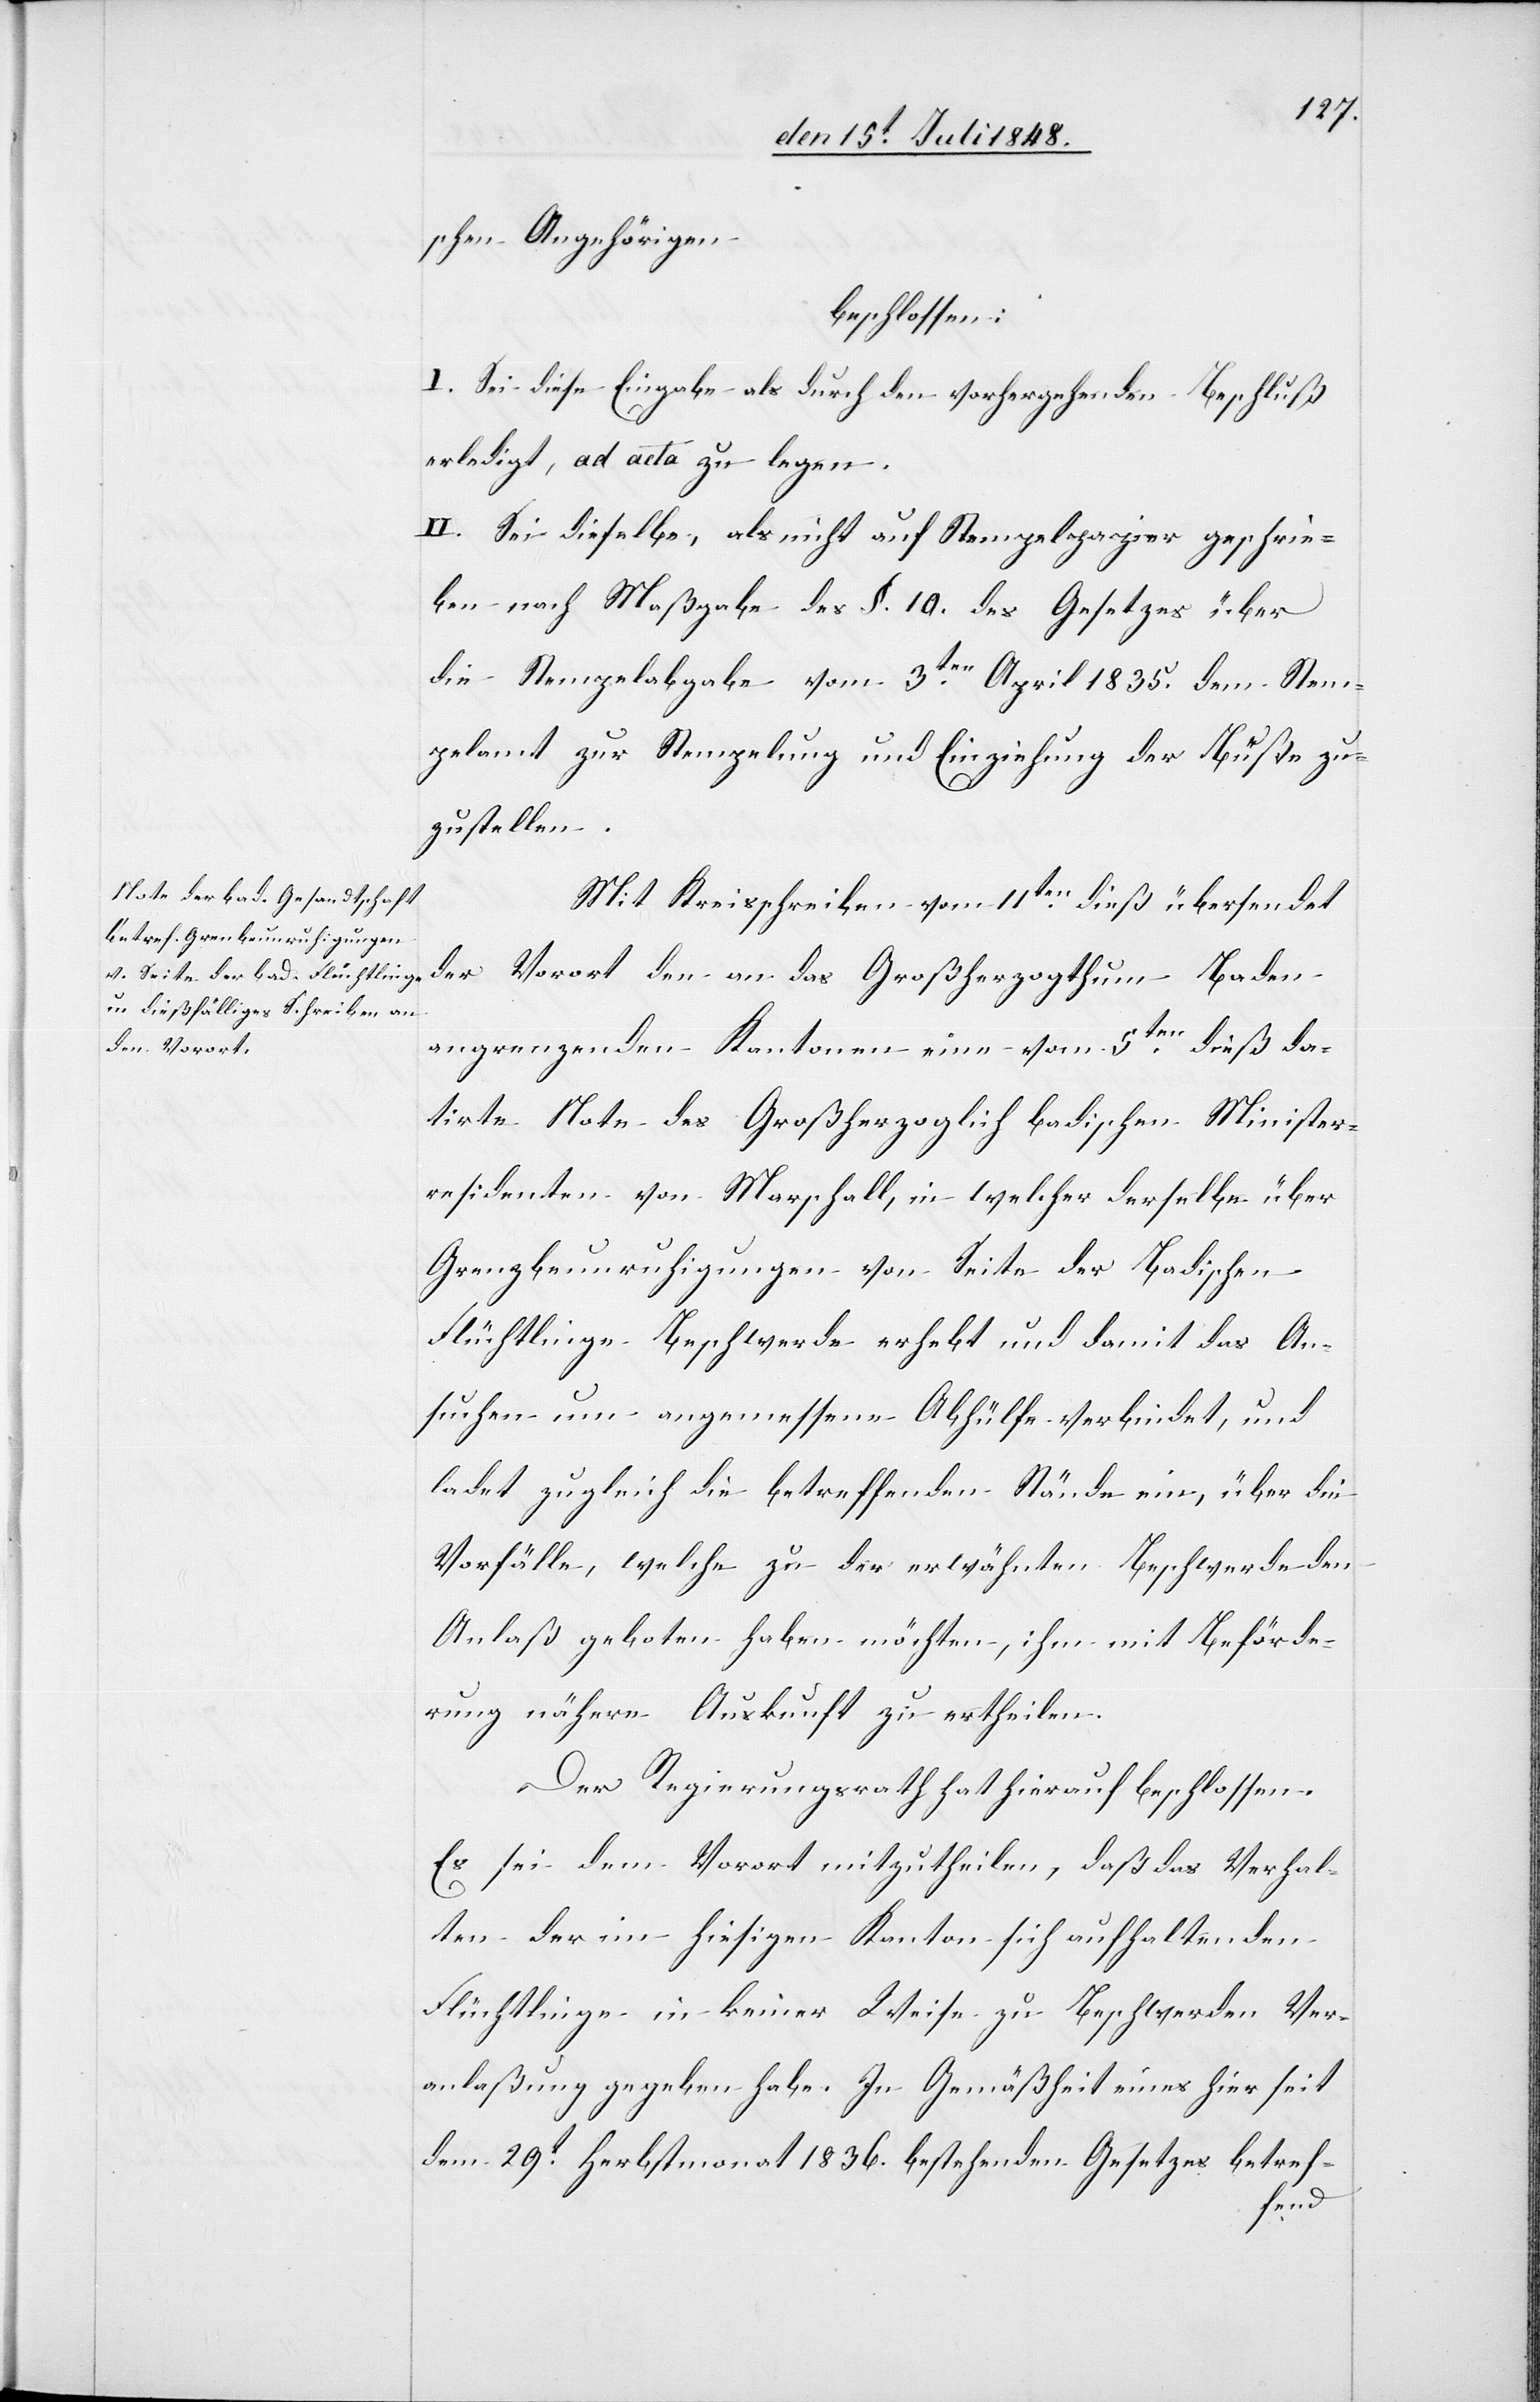
schen Angehörigen
beschlossen:
I. Sei diese Eingabe als durch den vorhergehenden Beschluß
erledigt, ad acta zu legen.
II. Sei dieselbe, als nicht auf Stempelpapier geschrie¬
ben nach Maßgabe des §. 10. des Gesetzes über
die Stempelabgabe vom 3ten April 1835. dem Stem¬
pelamt zur Stempelung und Einziehung der Buße zu¬
zustellen.
Mit Kreisschreiben vom 11ten dieß übersendet
der Vorort
angrenzenden Kantonen eine vom 5ten dieß da¬
tirte Note des Großherzoglich badischen Minister¬
residenten von Marschall, in welcher derselbe über
Grenzbeunruhigungen von Seite der Badischen
Flüchtlinge Beschwerde erhebt und damit das An¬
suchen um angemessene Abhülfe verbindet, und
ladet zugleich die betreffenden Stände ein, über die
Vorfälle, welche zu der erwähnten Beschwerde den
Anlaß geboten haben möchten, ihm mit Beförde¬
rung nähere Auskunft zu ertheilen.
Der Regierungsrath hat hierauf beschlossen:
Es sei dem Vorort mitzutheilen, daß das Verhal¬
ten der im hiesigen Kanton sich aufhaltenden
Flüchtlinge in keiner Weise zu Beschwerden Ver¬
anlaßung gegeben habe. In Gemäßheit eines hier seit
dem 29t Herbstmonat 1836. bestehenden Gesetzes betref-